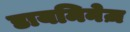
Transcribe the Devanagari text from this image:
डायमिनेज़